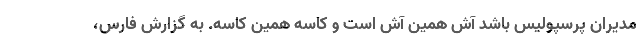
مدیران پرسپولیس باشد آش همین آش است و کاسه همین کاسه. به گزارش فارس،